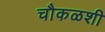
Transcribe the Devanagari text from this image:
चौकळशी